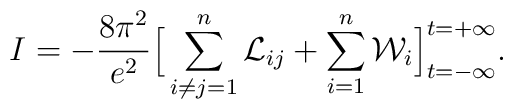
I = -\frac{8\pi^2}{e^2} \Big[ \sum_{i\neq j=1}^n {\cal L}_{ij} + \sum_{i=1}^n{\cal W}_i\Big]_{t = -\infty}^{t = +\infty}.